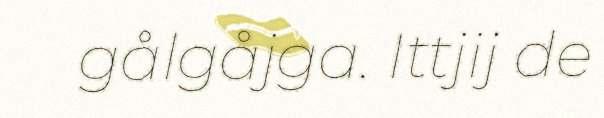
gålgåjga. Ittjij de